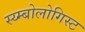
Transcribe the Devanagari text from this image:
स्य्म्बोलोगिस्ट